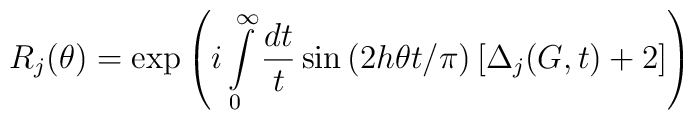
R_{j}(\theta )=\exp \left( i\int\limits_{0}^{\infty }\frac{dt}{t}\sin \left(2h\theta t/\pi \right) \left[ \Delta _{j}(G,t)+2\right] \right)